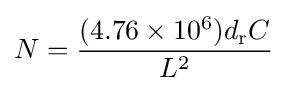
N={(4.76\times 10^{6})d_{\text{r}}C \over L^{2}}